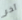
آخر